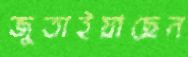
জুতাইয়াছেন